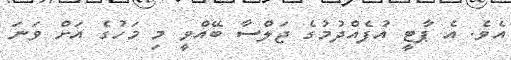
އެވެ. އެ ޕާޓީ އުފެއްދުމުގެ ޖަލްސާ ބޭއްވީ މި މަހުގެ އަށް ވަނަ